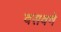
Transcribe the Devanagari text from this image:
वसवणे